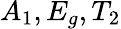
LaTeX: A_{1},E_{g},T_{2}